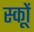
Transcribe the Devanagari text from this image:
स्कूों